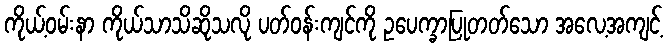
ကိုယ့်ဝမ်းနာ ကိုယ်သာသိဆိုသလို ပတ်ဝန်းကျင်ကို ဥပေက္ခာပြုတတ်သော အလေ့အကျင့်